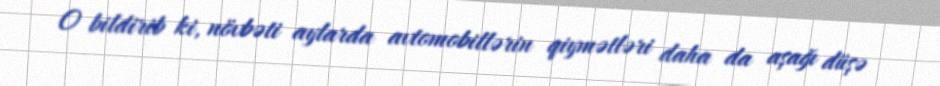
O bildirib ki, növbəti aylarda avtomobillərin qiymətləri daha da aşağı düşə